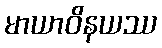
မာယာဝိနယဿ